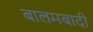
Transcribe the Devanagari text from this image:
बालमबादी